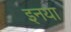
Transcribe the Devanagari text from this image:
इनया